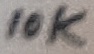
Text: 10K